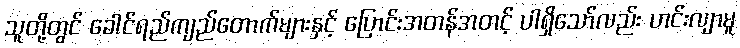
သူတို့တွင် ခေါင်ရည်ကျည်တောက်များနှင့် ပြောင်းအတန်အတင့် ပါရှိသော်လည်း ဟင်းလျာမူ